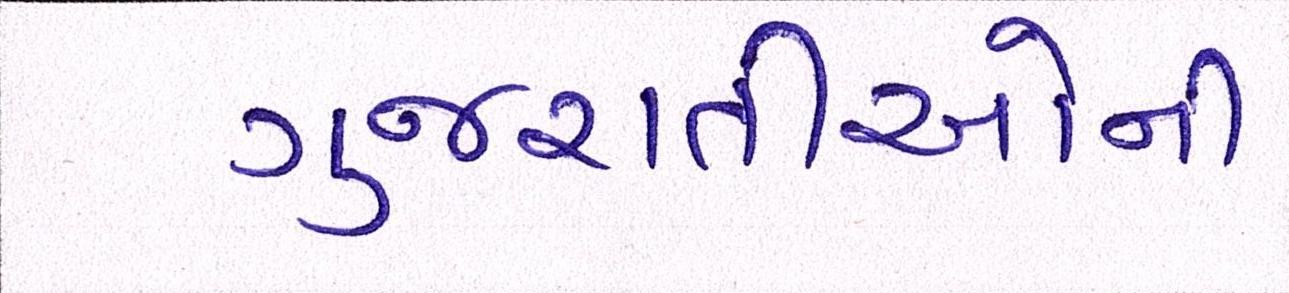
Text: ગુજરાતીઓની